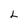
Character: L